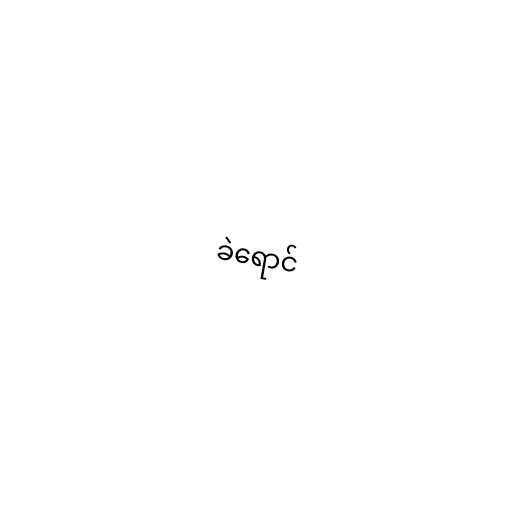
ခဲရောင်